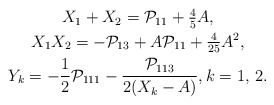
\begin{align*}\begin{gathered}X_1 + X_2 = \mathcal{P}_{11} + \tfrac{4}{5}A,\\ X_1 X_2 = - \mathcal{P}_{13} + A \mathcal{P}_{11} + \tfrac{4}{25}A^2,\\Y_k = -\frac{1}{2} \mathcal{P}_{111} - \frac{\mathcal{P}_{113}}{2(X_k-A)},k=1,\,2.\end{gathered}\end{align*}